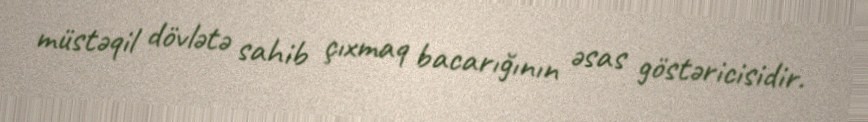
müstəqil dövlətə sahib çıxmaq bacarığının əsas göstəricisidir.